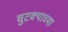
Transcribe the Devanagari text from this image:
चुटक्याच्या